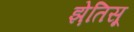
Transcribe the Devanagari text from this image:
झ़ेतिसू